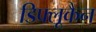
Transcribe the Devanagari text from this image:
डिफ्लूकैन